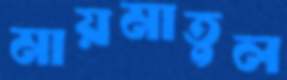
মায়মাতুল